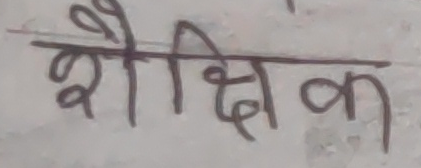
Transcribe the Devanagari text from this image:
शैक्षिक